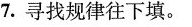
7.寻找规律往下填。